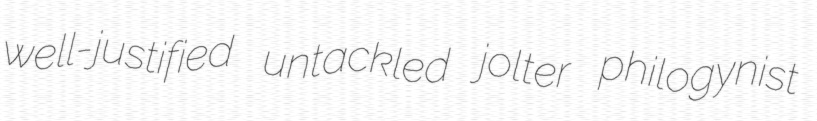
well-justified untackled jolter philogynist